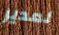
لمدير